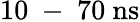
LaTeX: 10\mathrm{~-~}70~\mathrm{ns}